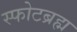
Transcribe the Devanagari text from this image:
स्फोटब्रह्म